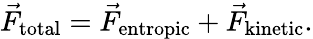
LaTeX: \vec{F}_{\mathrm{total}}=\vec{F}_{\mathrm{entropic}}+\vec{F}_{\mathrm{kinetic}}.